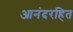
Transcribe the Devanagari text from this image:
आनंदरहित